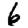
Digit: 6